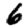
Digit: 6